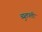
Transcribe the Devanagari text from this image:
व्युतपत्ती